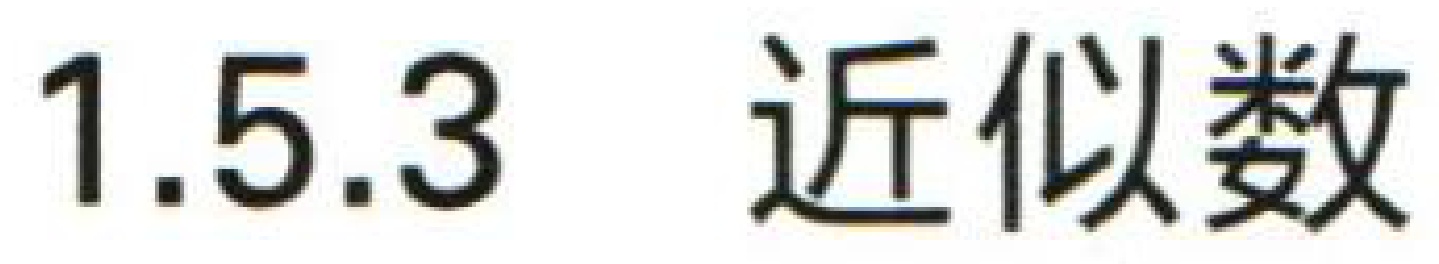
1.5.3 近似数